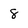
Character: 8